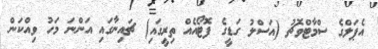
އެޕަލްގެ ސްމާޓްވޮޗު (އަސްލު ގަޑީގެ ފޮޓޯއެއް ތިރީގައި) ޗައިނާގައި އަންނަ މަހު ވިއްކަން